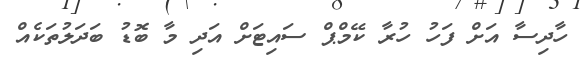
ހާދިސާ އަށް ފަހު ހުރާ ކޭމްޕް ސައިޓަށް އަދި މާ ބޮޑު ބަދަލުތަކެއް